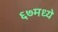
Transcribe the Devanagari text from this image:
६७मध्ये